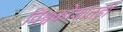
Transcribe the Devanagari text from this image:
विश्वकोशातही